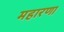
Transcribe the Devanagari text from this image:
महारणा